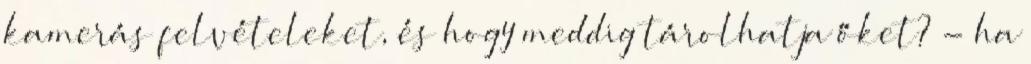
kamerás felvételeket, és hogy meddig tárolhatja őket? - ha